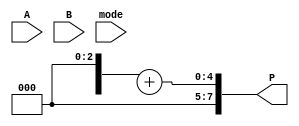
module dual_mode_wallace_tree_multiplier #(
    parameter N = 4 // Width of the operands
)(
    input  wire [N-1:0] A,       // Operand A
    input  wire [N-1:0] B,       // Operand B
    input  wire mode,             // Mode select (0 = standard, 1 = fast)
    output wire [2*N-1:0] P      // Product output
);

    // Partial product generation
    wire [N-1:0] pp [0:N-1]; // Partial products
    genvar i, j;
    generate
        for (i = 0; i < N; i = i + 1) begin : partial_product_gen
            for (j = 0; j < N; j = j + 1) begin : and_gate
                assign pp[i][j] = A[i] & B[j]; // AND operation to generate partial products
            end
        end
    endgenerate

    // Wallace tree reduction
    wire [N-1:0] sum [0:N-1]; // Sums from the adders
    wire [N-1:0] carry [0:N-1]; // Carries from the adders
    wire [N-1:0] final_sum;
    wire [N-1:0] final_carry;

    // Full adder and half adder stages
    generate
        for (i = 0; i < N-1; i = i + 1) begin : wallace_tree
            if (i == 0) begin
                // First stage: combine partial products
                assign sum[i] = pp[0][i] ^ pp[1][i] ^ pp[2][i]; // Half adder for first two
                assign carry[i] = (pp[0][i] & pp[1][i]) | (pp[0][i] & pp[2][i]) | (pp[1][i] & pp[2][i]);
            end else begin
                // Subsequent stages
                assign sum[i] = pp[i][0] ^ carry[i-1];
                assign carry[i] = pp[i][0] & carry[i-1];
            end
        end
    endgenerate

    // Final addition using a carry lookahead adder
    assign {final_carry, final_sum} = sum[N-1] + carry[N-1];

    // Output selection based on mode
    assign P = (mode == 0) ? {final_carry, final_sum} : {final_carry[1:0], final_sum}; // Fast mode reduces width

endmodule